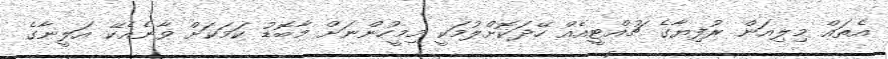
އެތައް މިލިއަން ރުފިޔާގެ ޗުއްޓީއެއް ހޭދަކޮށްލުމަކީ މިމީހުންނަށް މާބޮޑު ކަމަކަށް ވާނެއެކޭ އަލީނާގެ